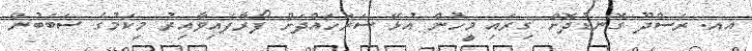
އއ. ރަސްދޫ ގޮނޑުދޮށް ގިރައި މީހުން އުޅޭ ސަރަހައްދަށް ފޯރާފައިވާއިރު މިކަމުގެ ސަބަބުން